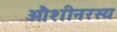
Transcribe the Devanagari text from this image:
औशीनरस्य